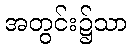
အတွင်း၌သာ